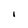
Character: I